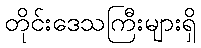
တိုင်းဒေသကြီးများရှိ